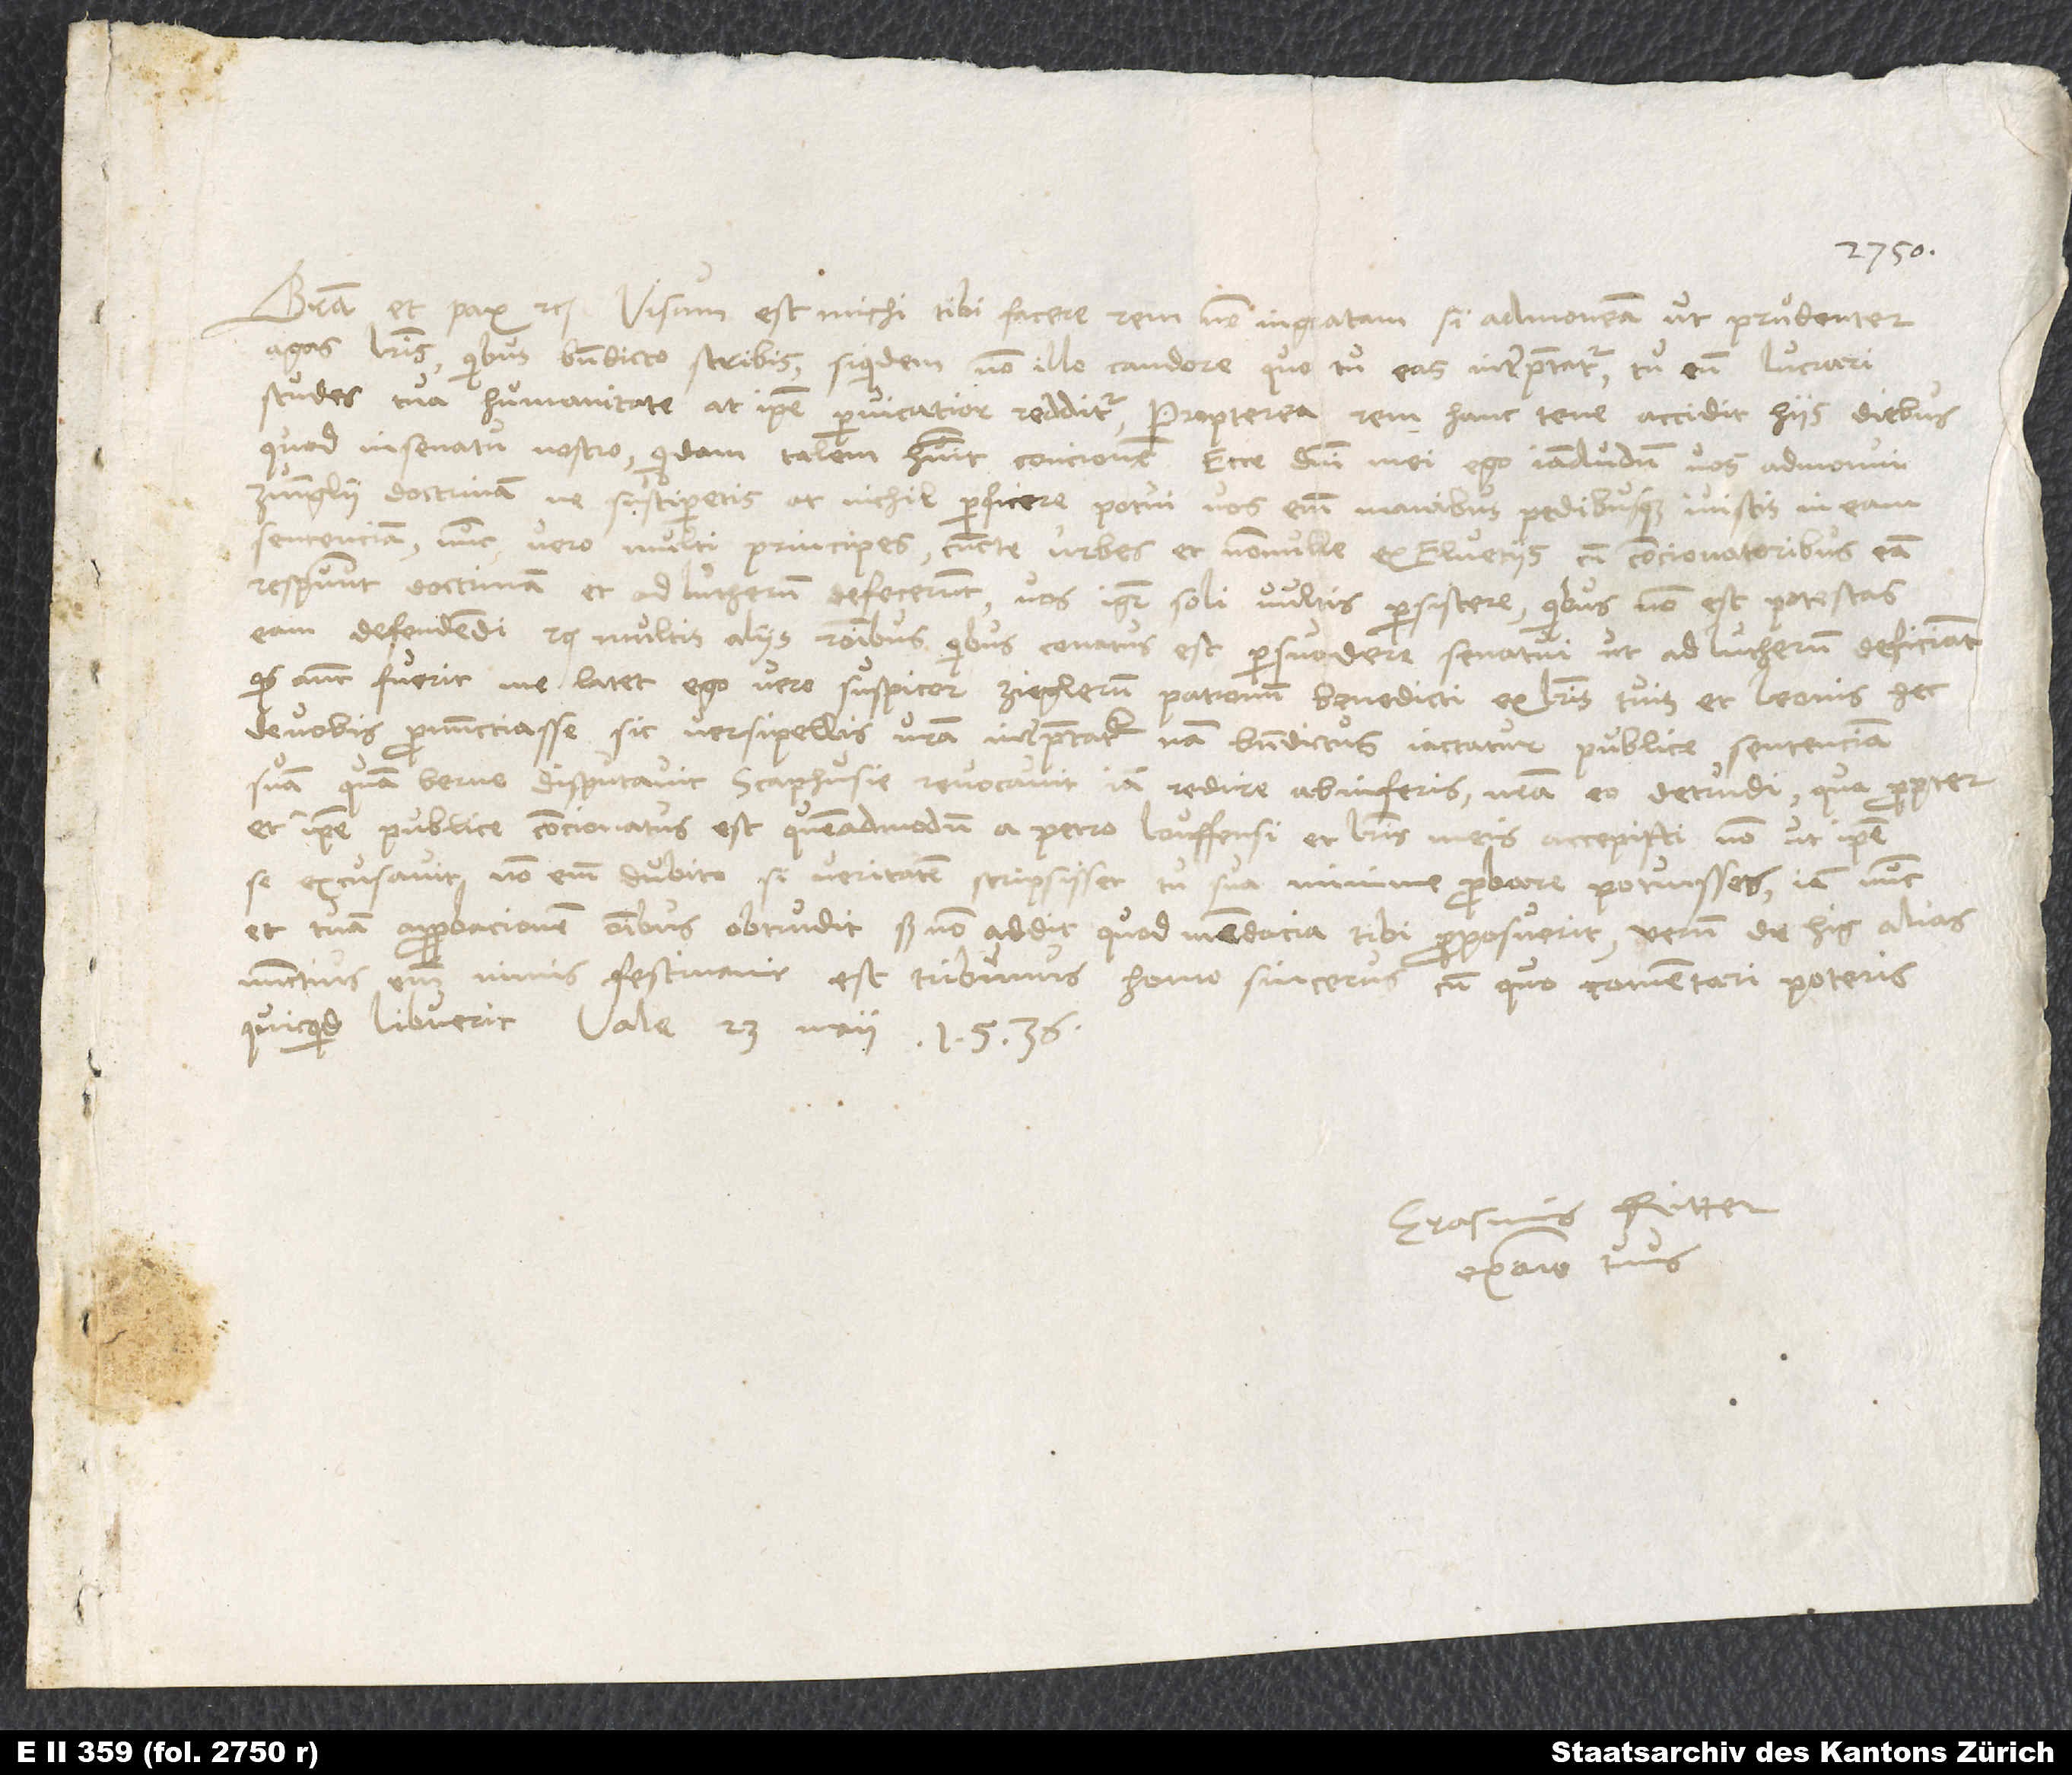
Gratia et pax etc. Visum est michi tibi facere rem non ingratam, si admoneam, ut prudenter
agas literis, quibus Benedicto scribis, siquidem non illo candore quo tu eas interpretatur. Tu eum lucrari
studes tua humanitate; at ipse pervicatior redditur. Propterea rem hanc tene: Accidit hiis diebus,
quod in senatu nostro quidam talem habuit concionem: "Ecce, domini mei, ego iamdudum vos admonui,
Zvinglii doctrinam ne susciperetis. At nichil perficere potui; vos enim manibus pedibusque ivistis in eam
sententiam. Nunc vero multi principes, cuncte urbes et nonulle ex Elvetiis cum concionatoribus eam
respuunt doctrinam et ad Lutherum defecerunt. Vos igitur soli vultis persistere, quibus non est potestas
eam defendendi" etc. multis aliis rationibus, quibus conatus est persuadere senatui, ut ad Lutherum deficiant.
Quis autem fuerit, me latet; ego vero suspicor Zieglerum, patronum Benedicti, ex literis tuis et Leonis hec
de vobis pronuncciasse. Sic versipellis vestra interpretatur; nam Benedictus iactatur publice sententiam
suam, quam Berne disputavit, Scaphusie revocavit, iam redire ab inferis, vestram eo detrudi. Quapropter
et ipse publice concionatus est, quemadmodum a Petro Louffensi et literis meis accepisti, non ut ipse
se excusavit; non enim dubito, si veritatem scripsisset, tu sua minime probare potuisses. Iam nunc
et tuam approbationem omnibus obtrudit, sed non addit, quod mendacia tibi proposuent. Verum de his alias;
nuntius enim nimis festinavit; est tribunus, homo sincerus, cum quo commentari poteris,
quicquid libuerit. Vale. 23. maii 1536.
Erasmus Ritter,
ex animo tuus.